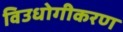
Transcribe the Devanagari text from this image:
विउधोगीकरण